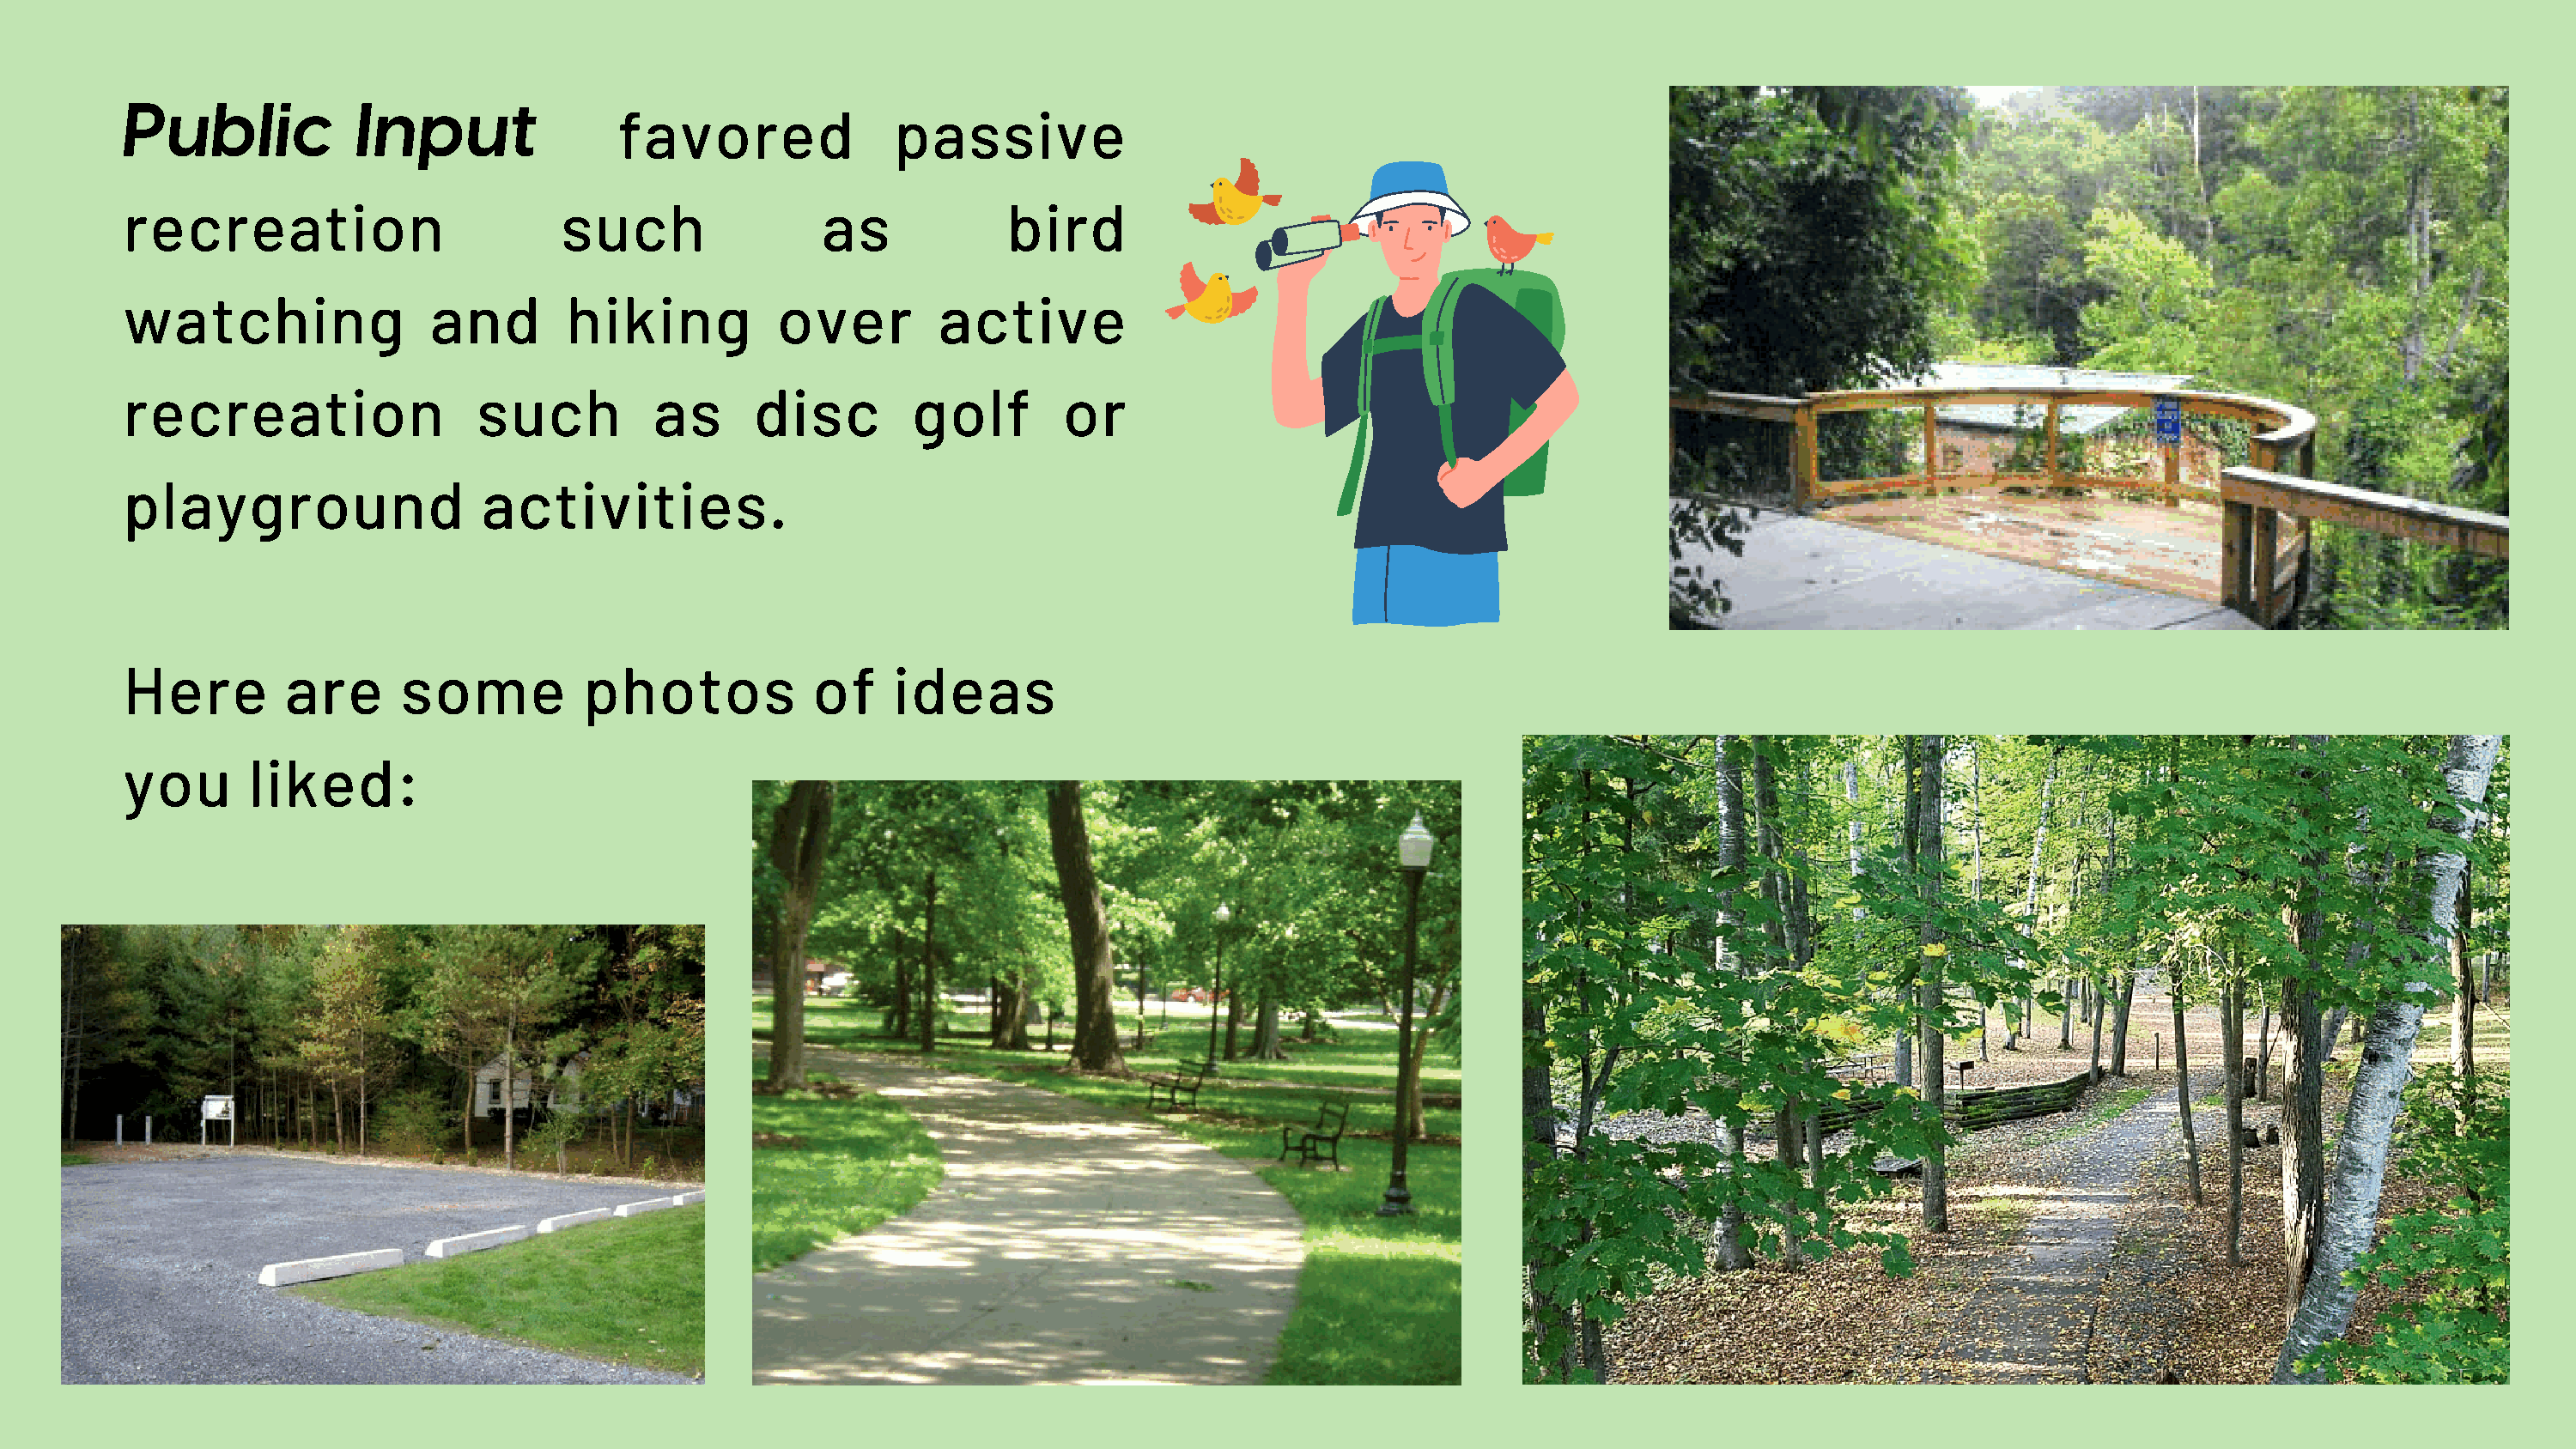
Public           Input
 favored              passive
 recreation                       such                as             bird
 watching               and        hiking          over        active
 recreation                 such         as      disc        golf        or
 playground                 activities.
 Here        are      some          photos            of    ideas
 you      liked: